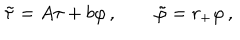
\tilde { \tau } = A \tau + b \varphi \, , \qquad \tilde { \varphi } = r _ { + } \varphi \, ,